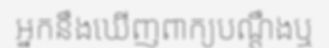
អ្នកនឹងឃើញពាក្យបណ្តឹងឬ